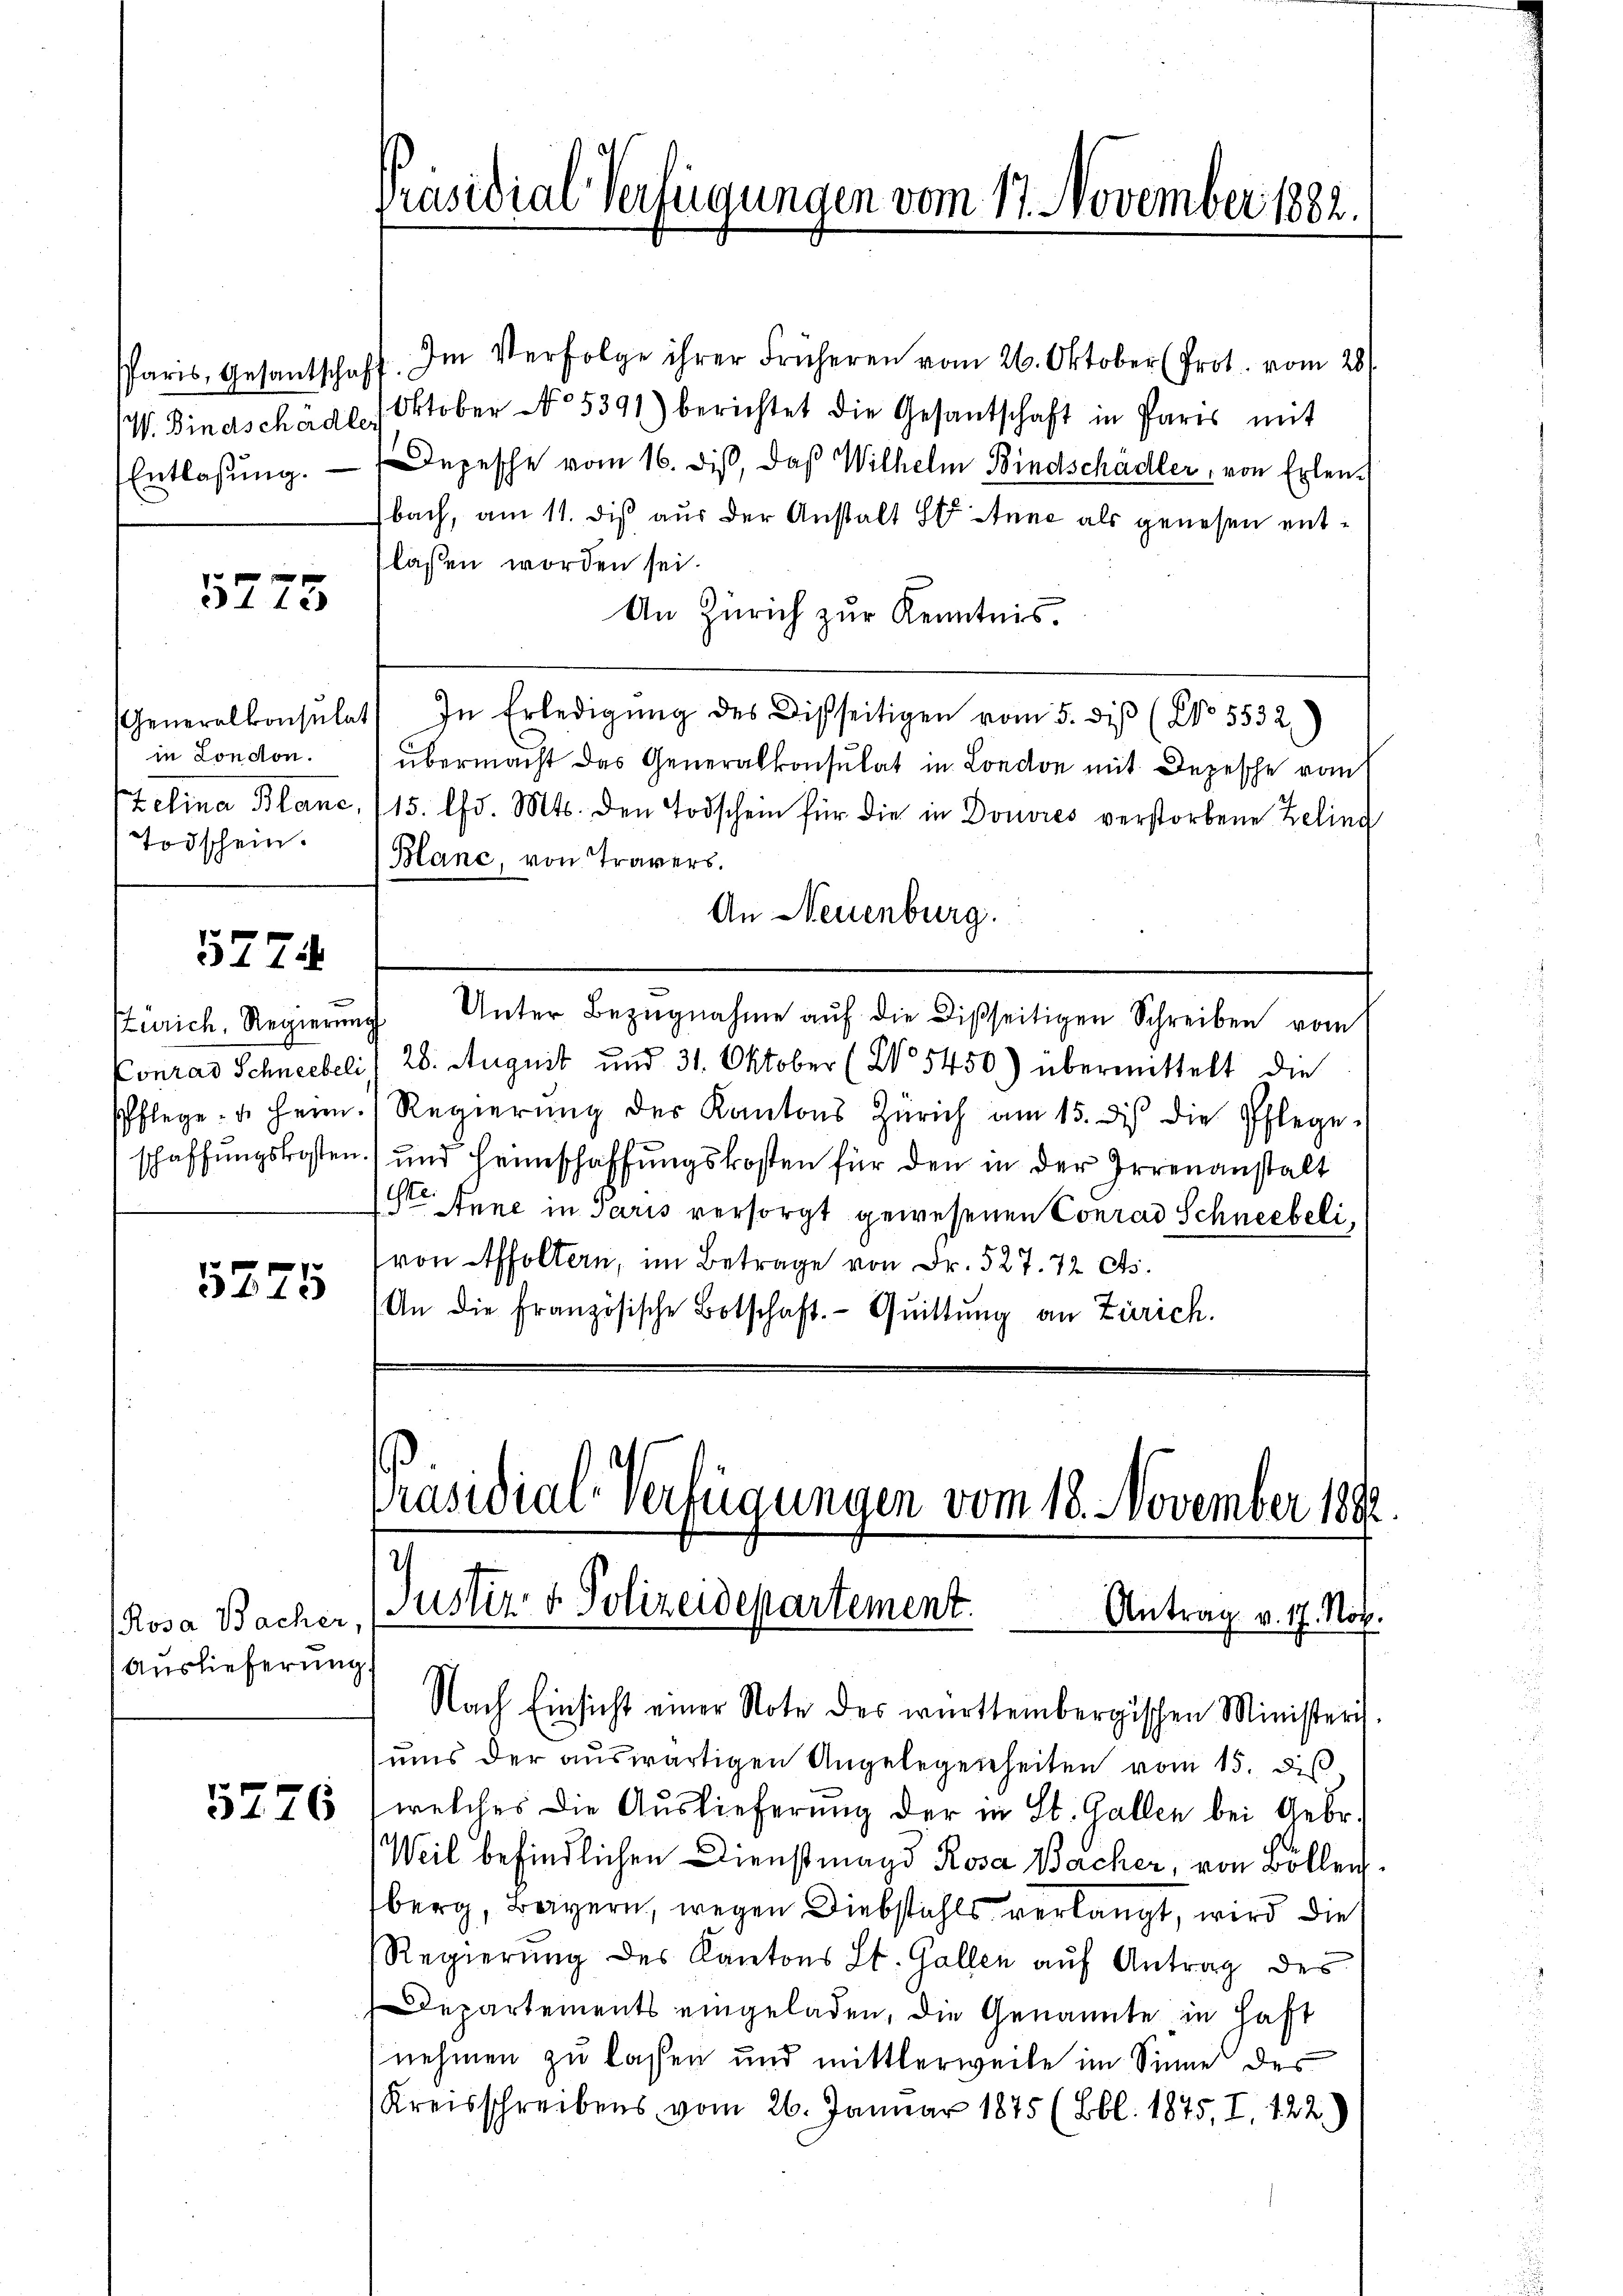
Entlassung.

5713

in London.
Todschein.

5774.

Zürich, Regierung

5275

Rosa Bacher,
Auslieferung

5776

Paris, Gesantschaft. Im Verfolge ihrer früheren vom 26. Oktober (Prot. vom 28.
W. Bindschädl, Oktober No. 5391) berichtet die Gesantschaft in Paris mit
Depesche vom 16. Dis, daß Wilhelm Bindschädler, von Erlenbach, am 11. dis aus der Anstalt St Anne als genesen entlassen worden sei.
An Zürich zŭr Kenntnis.
Generalkonsulat In Erledigŭng des Disseitigen vom 5. diβ (No. 5532)
übermacht das Generalkonsulat in London mit Depesche vom
Zelina Blanc, (15. d. Mts. den Todschein für die in Douvres verstorbene Zelind
Blanc, von Travers.
An Neuenburg.
Unter Bezŭgnahme aŭf die Disseitigen Schreiben vom
Conrad Schneebeli 28. August und 31. Oktober (2 5450) übermittelt die
Pflege u. Herr Regierŭng des Kantons Zürich am 15. des die Pflege-
schaffungskosten) und Heimschaffungskosten für den in der Irrenanstalt
Ste Anne in Paris versorgt gewesenen Conrad Schneebeli,
von Affoltern, im Betrage von Fr. 527. 72 Cts.
An die französische Botschaft. Quittung an Zürich.

Präsidial-Verfügungen vom 17. November 1882.

räsidial-Verfügungen vom 18. November 1882
Justiz & Polizeidepartement
Antrag v. 17. Nov.

Nach Einsicht einer Note des württembergischen Ministeris
ums der auswärtigen Angelegenheiten vom 15. dis
welches die Auslieferung der in St. Gallen bei Gebr.
Weil befindlichen Dienstmagd Rosa Bacher, von Böllen
berg, Bayern, wegen Diebstahls verlangt, wird die
Regierung des Kantons St. Gallen auf Antrag des
Departements eingeladen, die Genannte in Haft
nehmen zu lassen und mittlerweile im Sinne des
Kreisschreibens vom 26. Januar 1875 (Bbl. 1845, I, 122.)